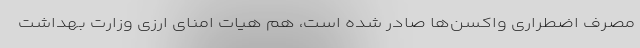
مصرف اضطراری واکسن‌ها صادر شده است، هم هیات امنای ارزی وزارت بهداشت